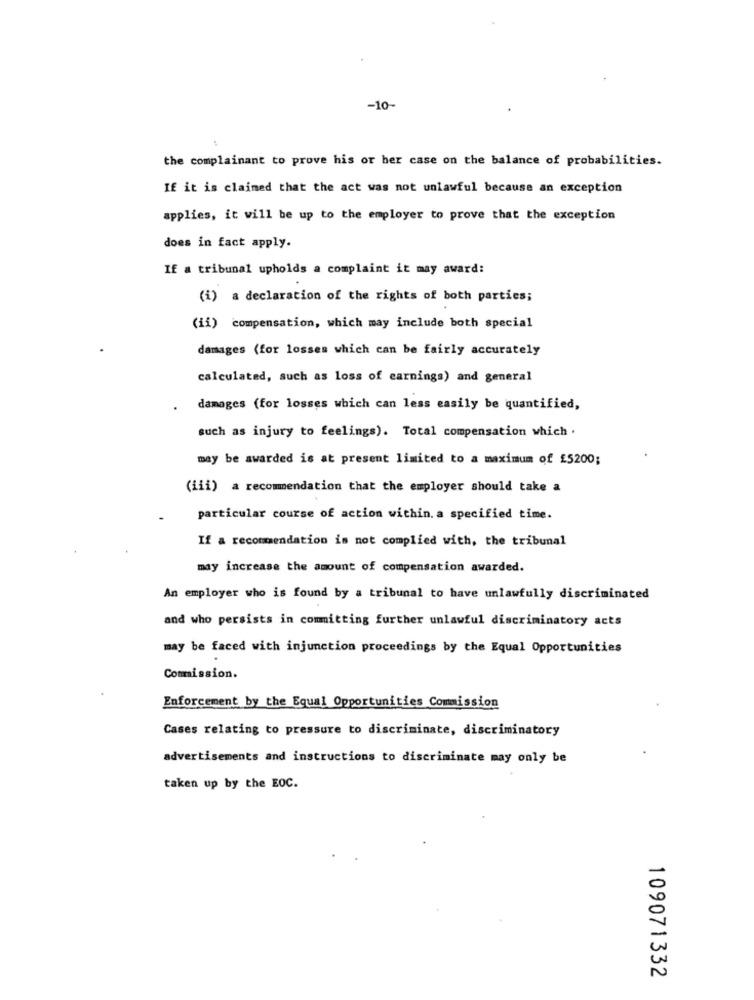
-10-
the complainant to prove his or her case on the balance of probabilities.
If it is claimed that the act was not unlawful because an exception
applies, it will be up to the employer to prove that the exception
does in fact apply.
If a tribunal upholds a complaint it may award:
(i) a declaration of the rights of both parties;
(ii) compensation, which may include both special
damages (for losses which can be fairly accurately
calculated, such as loss of earnings) and general
damages (for losses which can less easily be quantified,
such as injury to feelings). Total compensation which .
may be awarded is at present limited to a maximum of £5200;
(iii) a recommendation that the employer should take a
particular course of action within. a specified time.
If a recommendation is not complied with, the tribunal
may increase the amount of compensation awarded.
An employer who is found by a tribunal to have unlawfully discriminated
and who persists in committing further unlawful discriminatory acts
may be faced with injunction proceedings by the Equal Opportunities
Commission.
Enforcement by the Equal Opportunities Commission
Cases relating to pressure to discriminate, discriminatory
advertisements and instructions to discriminate may only be
taken up by the EOC.
109071332